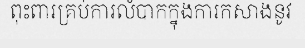
ពុះពារគ្រប់ការលំបាកក្នុងការកសាងនូវ